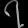
Digit: ၇